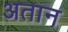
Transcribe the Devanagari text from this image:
अतान